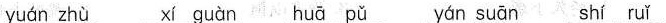
yuán zhù xi guàn huā pǔ yán suān shí ruǐ